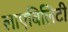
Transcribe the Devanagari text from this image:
लाएबिलिटी